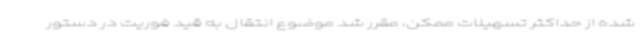
شده از حداکثر تسهیلات ممکن، مقرر شد موضوع انتقال به قید فوریت در دستور